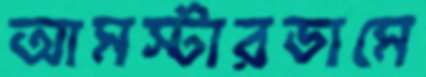
আমস্টারডামে